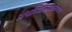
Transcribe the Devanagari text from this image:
अभव्यिक्तिस्वातंत्र्याचा